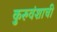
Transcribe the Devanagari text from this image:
कुरुवंशाची